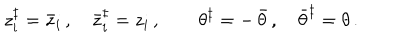
LaTeX: z _ { i } ^ { \ddagger } = \bar { z } _ { i } \, , \quad \bar { z } _ { i } ^ { \ddagger } = z _ { i } \, , \quad \quad \theta ^ { \ddagger } = - \, \bar { \theta } \, , \quad \bar { \theta } ^ { \ddagger } = \theta \, .